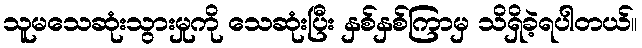
သူမသေဆုံးသွားမှုကို သေဆုံးပြီး နှစ်နှစ်ကြာမှ သိရှိခဲ့ရပါတယ်။